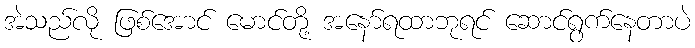
အဲသည်လို ဖြစ်အောင် မောင်တို့ အနော်ရထာဘုရင် ဆောင်ရွက်နေတာပဲ